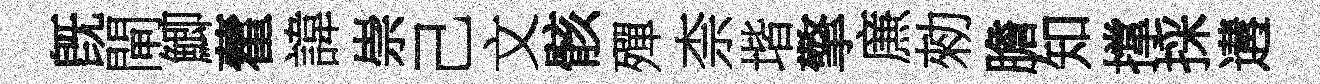
旣閘鯽藿諱崇己文骸殫柰堦擎㢘勑膽知撑採遘